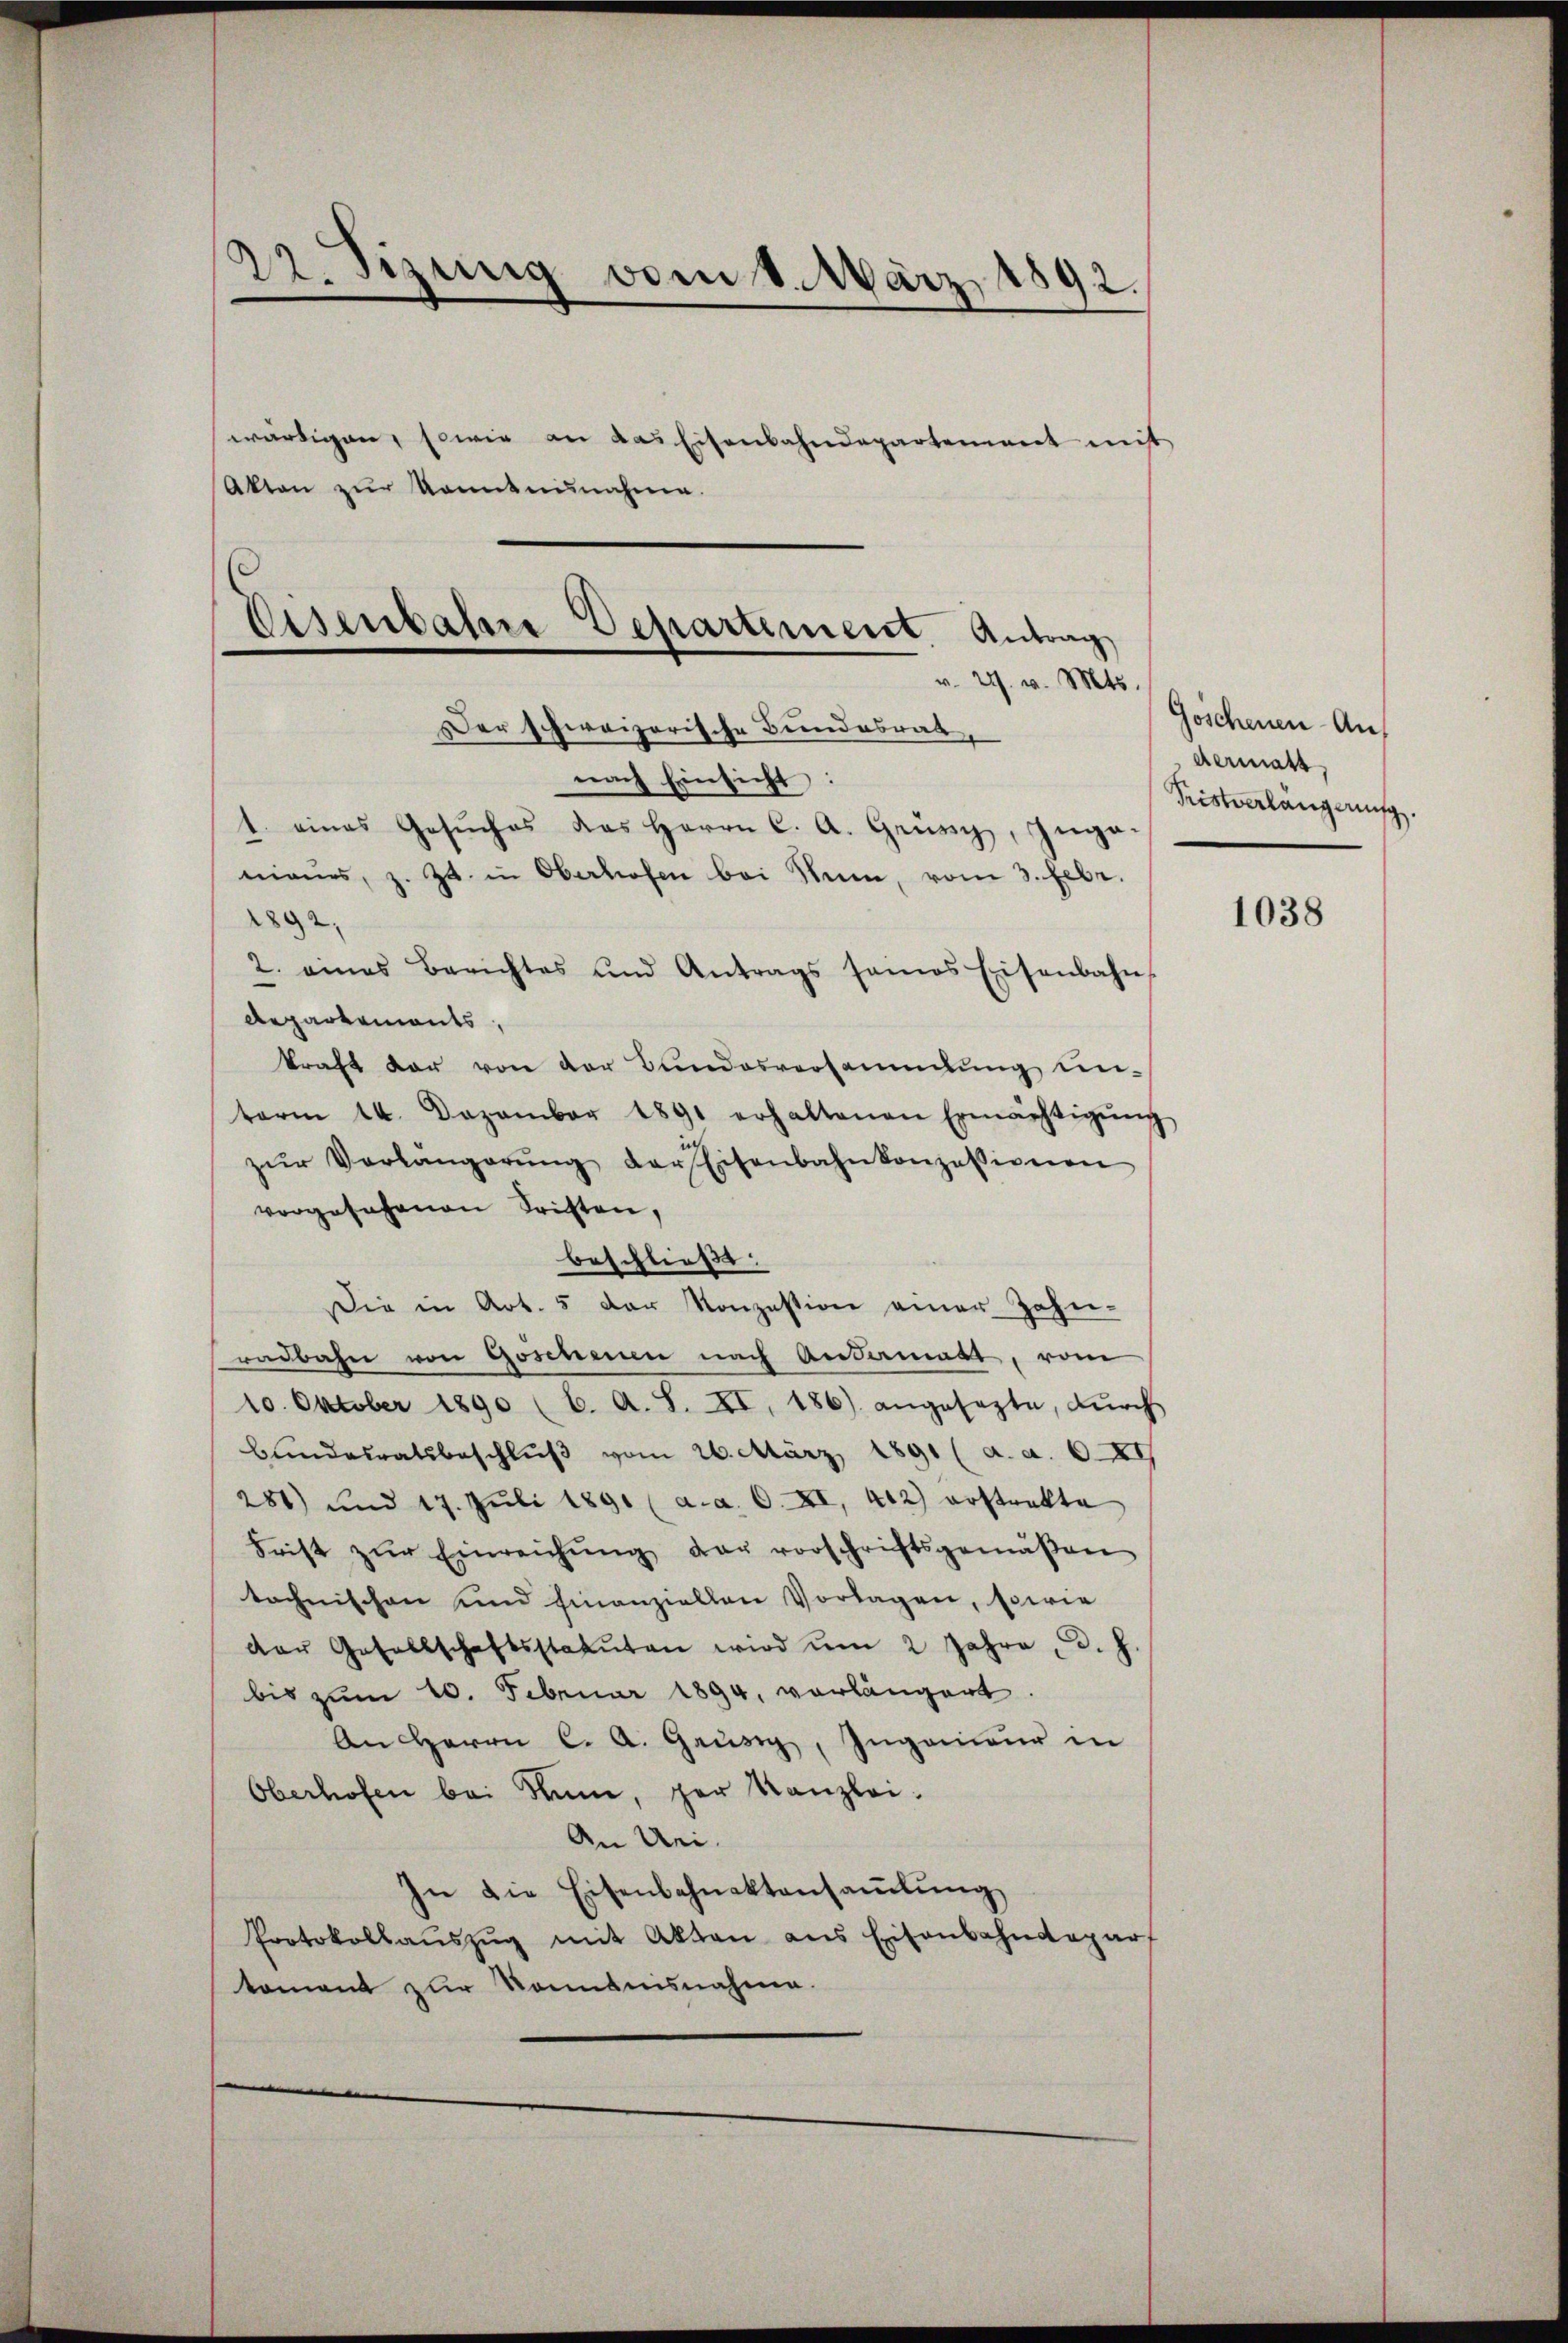
22. Sizung vom 1. März 1892.

wärtigen, sowie an das Eisenbahndepartement mit
Akten zŭr Sonntennahme.

Eisenbahre Departement. Antrag
v. 29. v. Mts.

Der schweizerische Bundesrat,
nach Einsicht:
1. eines Gesŭches das Herrn C. A. Genrich, Inga-
manes, z. Zt. in Oberhofen bei Nun, vom 3. Febr.
1892,
2. eines Berichtes und Antrags seines Eisenbahn-
Repartements,
kraft der von der Bundesversammlung un-
term 14. Dezember 1891 erhaltenen Ermächtigŭng
zŭr Verlangerŭng der Eisenbahnkonzessionen
vorgesehenen Fristen,
beschließt:
Die in Art. 5 der Konzession einer Zahn-
radbahn von Goschenen nach Andermatt, vom
10. Oktober 1890 (C. A. S. XI. 186) angesezte, dŭrch
Bundesratsbeschlŭβ vom 26. März 1891 (a. a. 0. XI
281) und 17. Jŭli 1891 (a. a. 0. XI, 442) erstrakte
Frist zŭr Einreichŭng der vorschriftsgemäβen
technischen und Finanziellen Vorlagen, sowie
der Gesellschaftsstatuten wird ŭm 2 Jahre, d. J.
bis zum 10. Februar 1894, vorlängert.
An Herrn C. A. Grüsig, Ingenieur in
Oberhofen bei denn, per Kanzlei.
An Uri.
In die Eisenbahnaktensaṁlŭng
Protokollaŭszŭg mit Akten aus Eisenbahndepart
koment zur Kenntnisnahme.

Goschenen Auf
dermatt,
Pristverlangerung.

1038